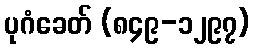
ပုဂံခေတ် (၈၄၉-၁၂၉၇)